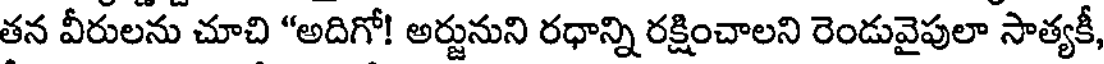
తన వీరులను చూచి "అదిగో! అర్జునుని రధాన్ని రక్షించాలని రెండువైపులా సాత్యకీ